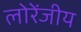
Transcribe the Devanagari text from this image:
लोरेंजीय